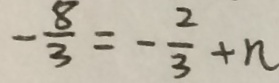
- \frac { 8 } { 3 } = - \frac { 2 } { 3 } + n